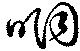
咽